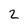
Character: 2